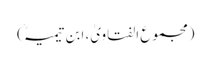
(مجموع الفتاویٰ، ابن تیمیہؒ)